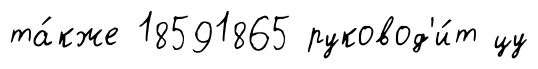
та́кже 18591865 руковод'и́т цу